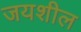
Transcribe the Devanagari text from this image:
जयशील